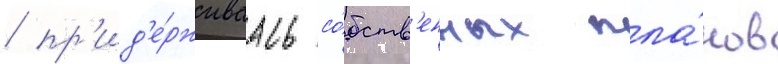
/ пр'ид'е́рживаась со́бств'енных пла́нов